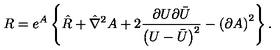
R = e ^ { A } \left\{ \hat { R } + \hat { \nabla } ^ { 2 } A + 2 \frac { \partial U \partial \bar { U } } { \left( U - \bar { U } \right) ^ { 2 } } - \left( \partial A \right) ^ { 2 } \right\} .